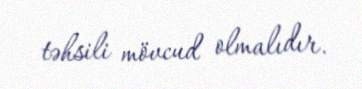
təhsili mövcud olmalıdır.